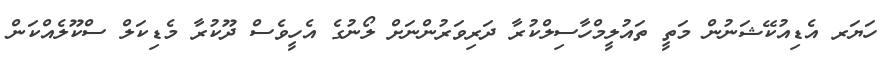
ހަޔަރ އެޑިއުކޭޝަނުން މަތީ ތައުލީމްހާސިލްކުރާ ދަރިވަރުންނަށް ލޯނުގެ އެހީވެސް ދޫކުރާ މެޑިކަލް ސްކޫލެއްކަން